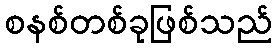
စနစ်တစ်ခုဖြစ်သည်